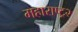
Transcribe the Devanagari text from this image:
महाराष्ट्र२